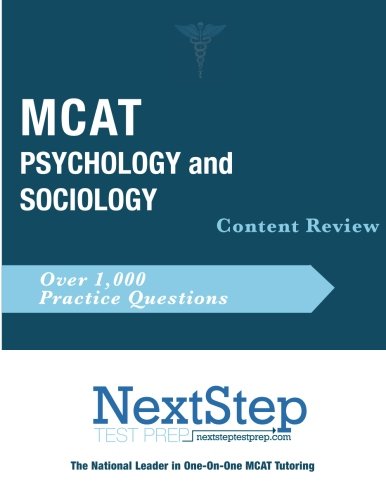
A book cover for MCAT Psychology and Sociology Content Review; Bryan Schnedeker; Test Preparation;